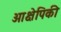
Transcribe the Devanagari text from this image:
आक्षेपिकी